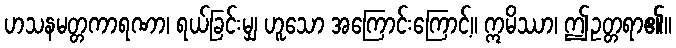
ဟသနမတ္တကာရဏာ၊ ရယ်ခြင်းမျှ ဟူသော အကြောင်းကြောင့်။ ဣမိဿာ၊ ဤဥတ္တရာ၏။